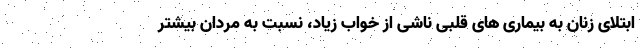
ابتلای زنان به بیماری های قلبی ناشی از خواب زیاد، نسبت به مردان بیشتر